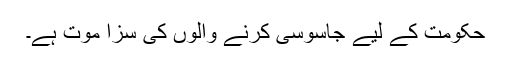
حکومت کے لیے جاسوسی کرنے والوں کی سزا موت ہے۔